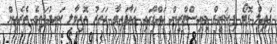
ފައިލް ފޮޓޯ ފިޝަރީޒް މިނިސްޓްރީން އައްޑޫގައި އަޅާފައިވާ ހަތަރު އޮއިވާލި ކަނދުފަތީގެ ތެރެއިން